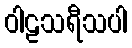
ဝါဠသရီသပါ